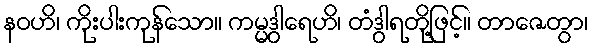
နဝဟိ၊ ကိုးပါးကုန်သော။ ကမ္မဒွါရေဟိ၊ တံဒွါရတို့ဖြင့်။ တာဇေတွာ၊